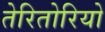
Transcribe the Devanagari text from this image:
तेरितोरियो